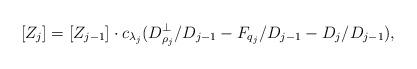
LaTeX: \begin{align*} [Z_j] = [Z_{j-1}] \cdot c_{\lambda_j}( D_{\rho_j}^\perp/D_{j-1} - F_{q_j}/D_{j-1} - D_j/D_{j-1} ),\end{align*}